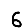
Digit: 6